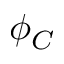
\phi _ { C }